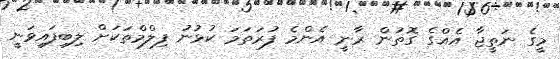
މީގެ ނަތީޖާ އެއްގެ ގޮތުން ރާނީ އެންމެ ފުރަތަމަ ކުޅުނު ފިލްމްތަކަށް ލިބިފައިވަނީ